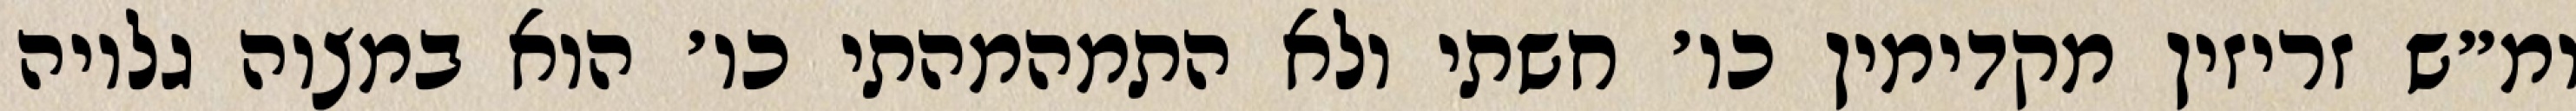
ומ״ש זריזין מקדימין כו׳ חשתי ולא התמהמהתי כו׳ הוא במצוה גלויה